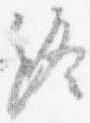
終